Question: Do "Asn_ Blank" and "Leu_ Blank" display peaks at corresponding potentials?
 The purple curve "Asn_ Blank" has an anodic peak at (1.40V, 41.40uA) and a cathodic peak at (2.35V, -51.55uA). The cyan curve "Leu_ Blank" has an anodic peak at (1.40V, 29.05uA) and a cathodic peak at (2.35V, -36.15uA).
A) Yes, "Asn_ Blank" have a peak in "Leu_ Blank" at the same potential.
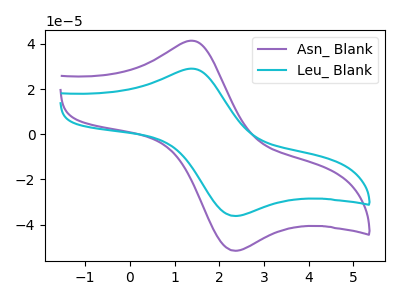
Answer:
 <answer>A) Yes, "Asn_ Blank" have a peak in "Leu_ Blank" at the same potential.</answer>
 <eval>A</eval>